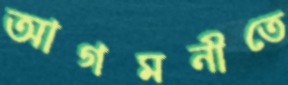
আগমনীতে